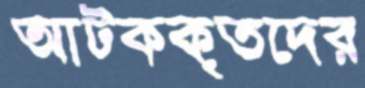
আটককৃতদের